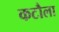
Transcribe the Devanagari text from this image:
कटौला